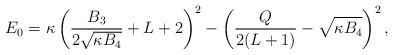
LaTeX: \begin{align*} E_0 = \kappa \left(\frac{B_3}{2 \sqrt{\kappa B_4}} + L +2\right)^2 - \left(\frac{Q}{2(L+1)} - \sqrt{\kappa B_4}\right)^2, \end{align*}